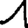
Digit: 1